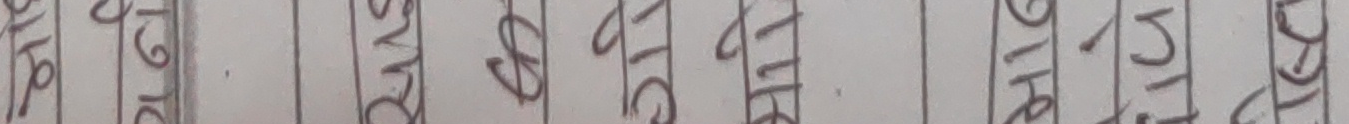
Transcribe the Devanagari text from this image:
१२७ ४५६ ७८९ १०४ ५१६ ७८९ १०५१